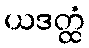
ယဒတ္ထံ